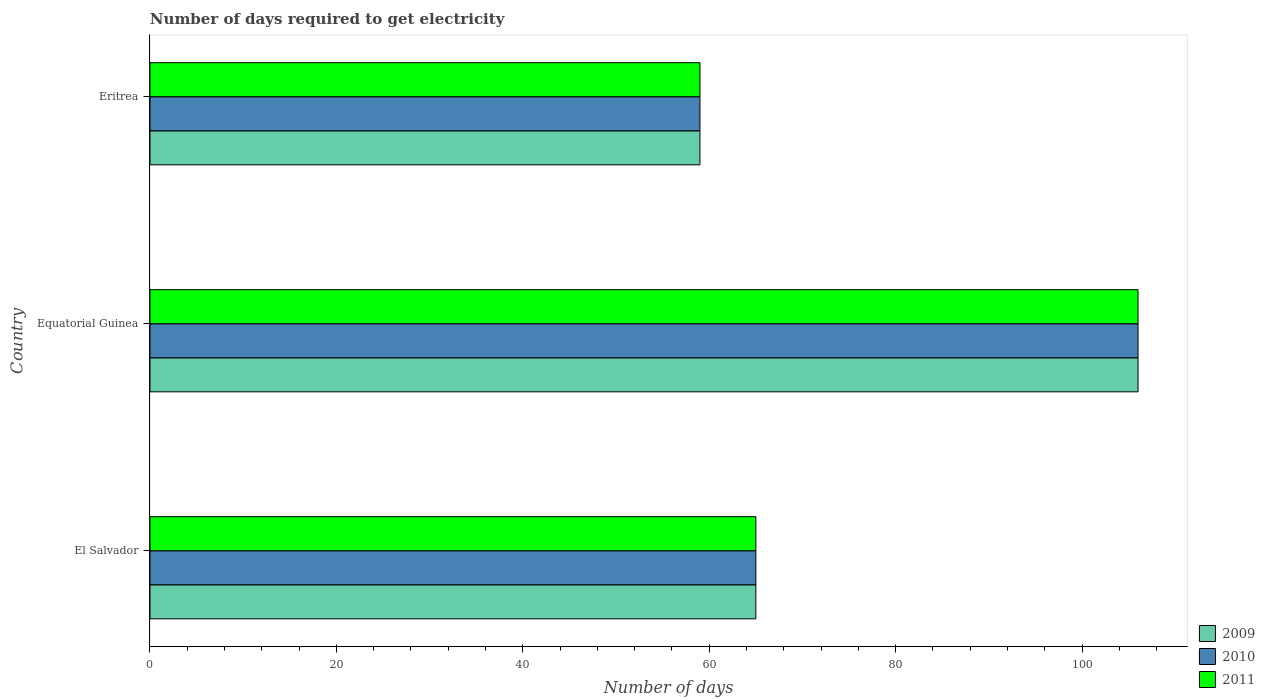
| Country | 2009 | 2010 | 2011 |
 | --- | --- | --- | --- |
 | El Salvador | 65 | 65 | 65 |
 | Equatorial Guinea | 106 | 106 | 106 |
 | Eritrea | 59 | 59 | 59 |